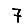
Digit: 7